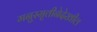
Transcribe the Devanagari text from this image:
मनुस्मृतीनेदेखील